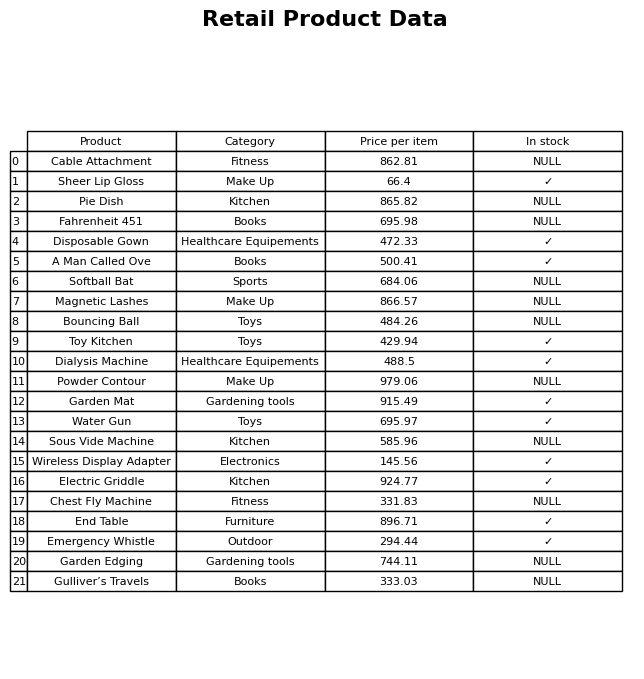
question: What is the price of the Garden Edging?
answer: The price of Garden Edging is 744.11.